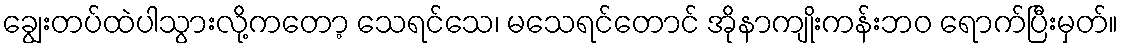
ချွေးတပ်ထဲပါသွားလို့ကတော့ သေရင်သေ၊ မသေရင်တောင် အိုနာကျိုးကန်းဘဝ ရောက်ပြီးမှတ်။